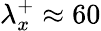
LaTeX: \lambda_{x}^{+}\approx 60